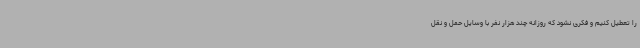
را تعطیل کنیم و فکری نشود که روزانه چند هزار نفر با وسایل حمل و نقل